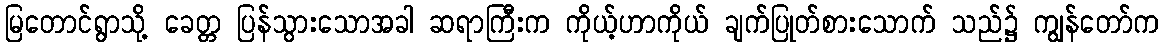
မြတောင်ရွာသို့ ခေတ္တ ပြန်သွားသောအခါ ဆရာကြီးက ကိုယ့်ဟာကိုယ် ချက်ပြုတ်စားသောက် သည်၌ ကျွန်တော်က